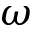
\omega